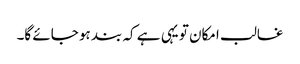
غالب امکان تو یہی ہے کہ بند ہو جائے گا۔